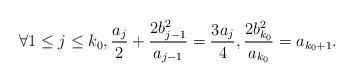
LaTeX: \begin{align*}\forall 1 \leq j \leq k_0, \frac{a_j}{2}+\frac{2b_{j-1}^2}{a_{j-1}}=\frac{3a_j}{4}, \frac{2b_{k_0}^2}{a_{k_0}}=a_{k_0+1}.\end{align*}